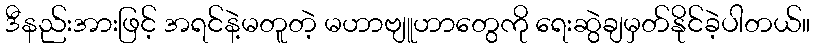
ဒီနည်းအားဖြင့် အရင်နဲ့မတူတဲ့ မဟာဗျူဟာတွေကို ရေးဆွဲချမှတ်နိုင်ခဲ့ပါတယ်။